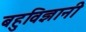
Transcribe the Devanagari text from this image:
बहुविज्ञानी